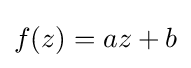
f(z)=az+b